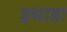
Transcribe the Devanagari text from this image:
इथाहा